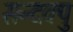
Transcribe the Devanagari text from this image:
सन्दक्पु